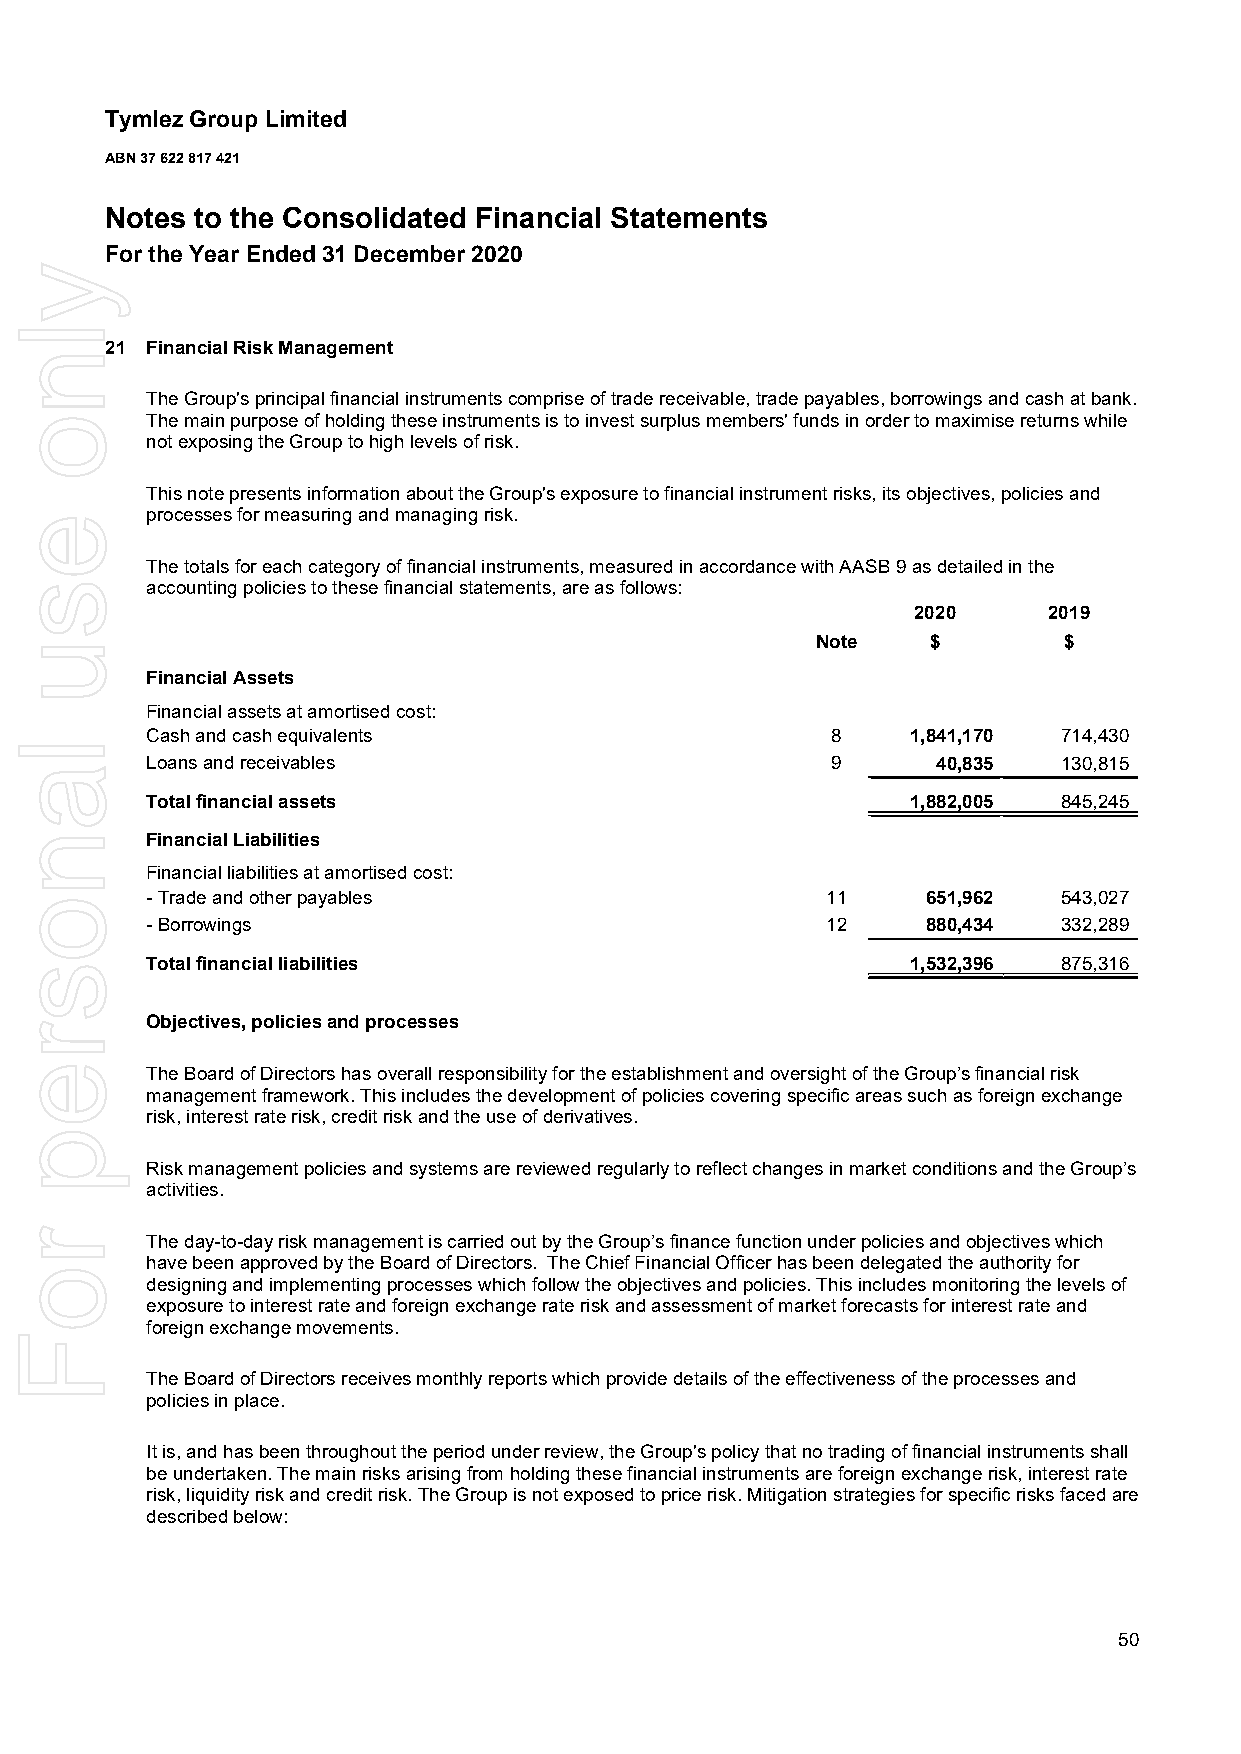
Tymlez Group Limited
 ABN 37 622 817 421
 Notes to the Consolidated Financial Statements
 For the Year Ended 31 December 2020
 21 Financial Risk Management
 The Group's principal financial instruments comprise of trade receivable, trade payables, borrowings and cash at bank.
 The main purpose of holding these instruments is to invest surplus members' funds in order to maximise returns while
 not exposing the Group to high levels of risk.
 This note presents information about the Group's exposure to financial instrument risks, its objectives, policies and
 processes for measuring and managing risk.
 The totals for each category of financial instruments, measured in accordance with AASB 9 as detailed in the
 accounting policies to these financial statements, are as follows:
 2020     2019
 Note    $       $
 Financial Assets
 Financial assets at amortised cost:
 Cash and cash equivalents                    8    1,841,170 714,430
 Loans and receivables                        9      40,835  130,815
 Total financial assets                            1,882,005 845,245
 Financial Liabilities
 Financial liabilities at amortised cost:
 - Trade and other payables                   11    651,962  543,027
 - Borrowings                                 12    880,434  332,289
 Total financial liabilities                       1,532,396 875,316
 Objectives, policies and processes
 The Board of Directorshas overall responsibility for the establishment and oversight of the Group’s financial risk
 management framework. This includes the development of policies covering specific areas such as foreign exchange
 risk, interest rate risk, credit risk and the use of derivatives.
 Risk management policies and systems are reviewed regularly to reflect changes in market conditions and the Group’s
 activities.
 The day-to-day risk management is carried out by the Group’s finance function under policies and objectives which
 have been approved by the Board of Directors. The Chief Financial Officer has been delegated the authority for
 designing and implementing processes which follow the objectives and policies. This includes monitoring the levels of
 exposure to interest rate and foreign exchange rate risk and assessment of market forecasts for interest rate and
 foreign exchange movements.
 The Board of Directorsreceives monthly reports which provide details of the effectiveness of the processes and
 policies in place.
 It is, and has been throughout the period under review, the Group's policy that no trading of financial instruments shall
 be undertaken. The main risks arising from holding these financial instruments are foreign exchange risk, interest rate
 risk, liquidity risk and credit risk. The Group is not exposed to price risk. Mitigation strategies for specific risks faced are
 described below:
 50
 ylno
 esu
 lanosrep
 roF